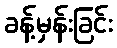
ခန့်မှန်းခြင်း